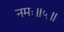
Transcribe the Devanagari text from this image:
नमः॥५॥